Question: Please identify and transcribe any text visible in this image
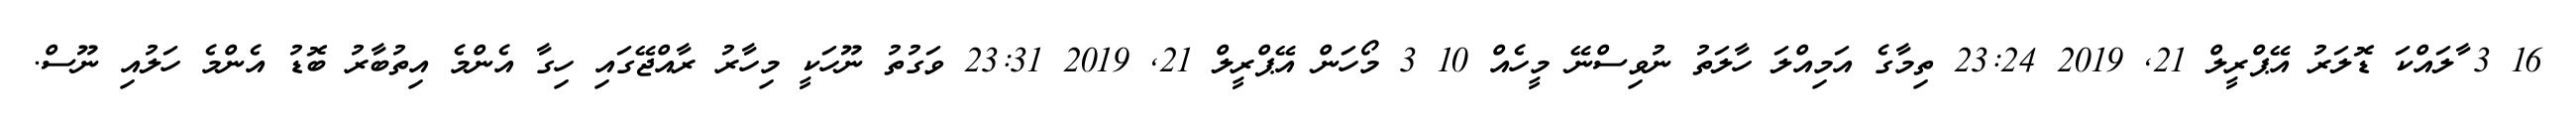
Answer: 16 3 ާލައްކަ ޑޮލަރު އޭޕްރީލް 21, 2019 23:24 ތިމާގެ އަމިއްލަ ހާލަތު ނުވިސްނޭ މީހެއް 10 3 މޯހަން އޭޕްރީލް 21, 2019 23:31 ވަގުތު ނޫހަކީ މިހާރު ރާއްޖޭގައި ހިގާ އެންމެ އިތުބާރު ބޮޑު އެންމެ ހަލުއި ނޫސް.